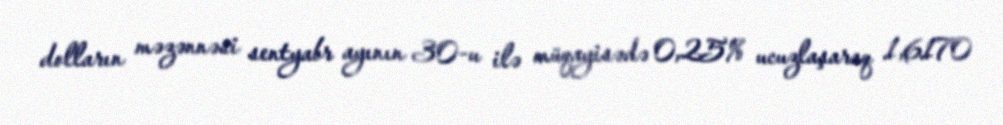
dolların məzənnəsi sentyabr ayının 30-u ilə müqayisədə 0,25% ucuzlaşaraq 1,6170